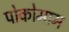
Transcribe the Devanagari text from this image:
पोकोमाम